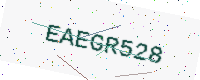
Text: EAEGR528